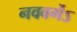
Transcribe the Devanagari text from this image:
नववर्गेऽ